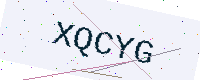
Text: XQCYG